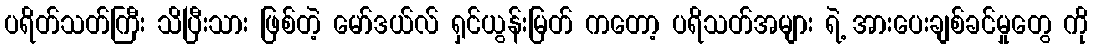
ပရိတ်သတ်ကြီး သိပြီးသား ဖြစ်တဲ့ မော်ဒယ်လ် ရှင်ယွန်းမြတ် ကတော့ ပရိသတ်အများ ရဲ့ အားပေးချစ်ခင်မှုတွေ ကို